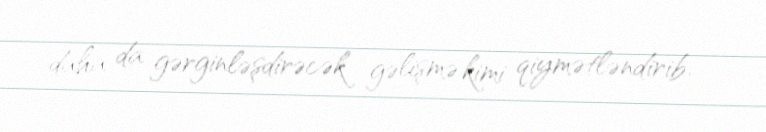
daha da gərginləşdirəcək gəlişmə kimi qiymətləndirib.